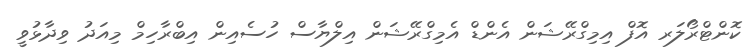
ކޮންޓްރޯލަރ އޮފް އިމިގްރޭޝަން އެންޑް އެމިގްރޭޝަން އިލްޔާސް ހުސެއިން އިބްރާހިމް މިއަދު ވިދާޅުވީ